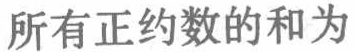
所有正约数的和为